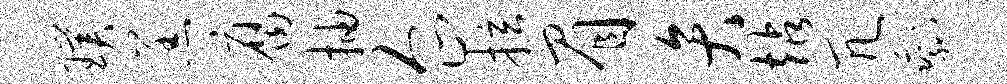
璞羔腐抽企拉眉弁站冗剩